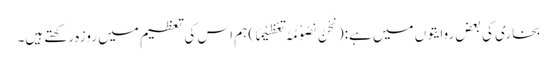
بخاری کی بعض روایتوں میں ہے:(نَحْنُ نَصُوْمُہُ تَعْظِیْمًا) ہم اس کی تعظیم میں روزہ رکھتے ہیں۔